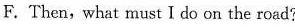
F. Then,what must I do on the road?